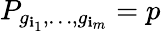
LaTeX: P_{g_{\mathbf{i}_{1}},\dots,g_{\mathbf{i}_{m}}}=p